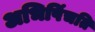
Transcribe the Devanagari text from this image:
अभिषिंचति